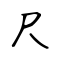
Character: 尺